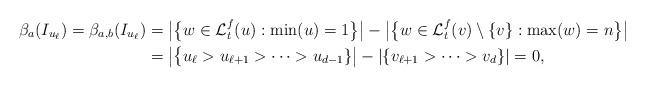
LaTeX: \begin{align*}\beta_{a}(I_{u_\ell})=\beta_{a,b}(I_{u_\ell})&=\big|\big\{ w\in\mathcal{L}_t^f(u):\min(u)=1\big\}\big|-\big|\big\{w\in\mathcal{L}_t^f(v)\setminus\{v\}:\max(w)=n\big\}\big|\\&=\big|\big\{u_\ell>u_{\ell+1}>\dots >u_{d-1}\}\big|-|\{v_{\ell+1}>\dots>v_d\}|=0,\end{align*}